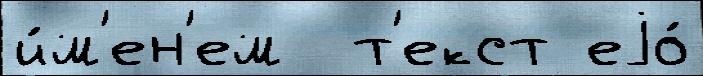
и́м'ен'ем  т'екст еjо́